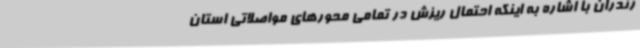
زندران با اشاره به اینکه احتمال ریزش در تمامی محورهای مواصلاتی استان